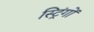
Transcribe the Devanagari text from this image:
स्ट्रिंगों